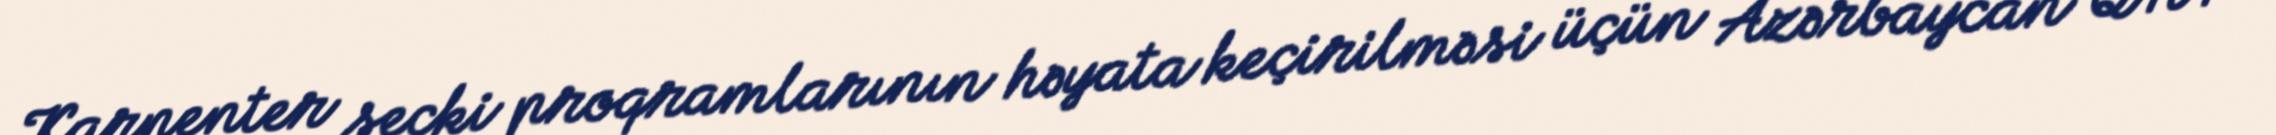
Karpenter seçki proqramlarının həyata keçirilməsi üçün Azərbaycan QHT